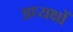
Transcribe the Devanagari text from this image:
अध्यक्षोँ